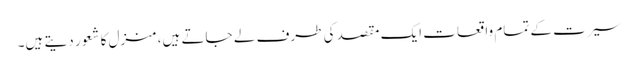
سیرت کے تمام واقعات ایک مقصد کی طرف لے جاتے ہیں، منزل کا شعور دیتے ہیں۔